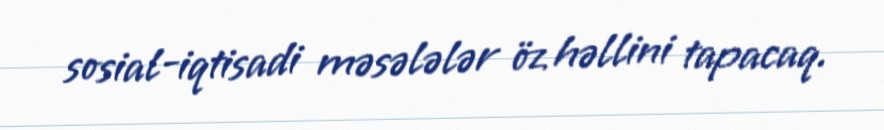
sosial-iqtisadi məsələlər öz həllini tapacaq.